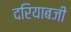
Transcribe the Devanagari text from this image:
दरियाबजी